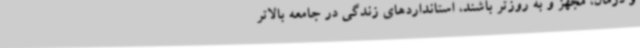
و درمان، مجهز و به روزتر باشند، استانداردهای زندگی در جامعه بالاتر